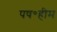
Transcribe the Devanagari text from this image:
पष॰हीम